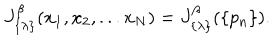
LaTeX: J _ { \{ \lambda \} } ^ { \beta } ( x _ { 1 } , x _ { 2 } , . . . x _ { N } ) = J _ { \{ \lambda \} } ^ { \beta } ( \{ p _ { n } \} ) .